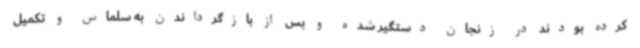
کرده بودند در زنجان دستگیر شده و پس از بازگرداندن به سلماس و تکمیل